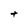
Character: t